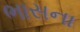
ભાસના